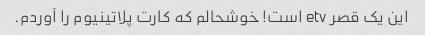
این یک قصر etv است! خوشحالم که کارت پلاتینیوم را آوردم.